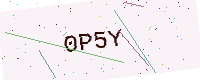
Text: 0P5Y